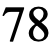
78